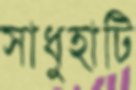
সাধুহাটি